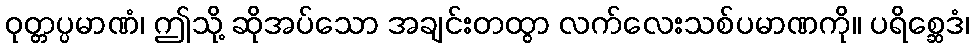
ဝုတ္တပ္ပမာဏံ၊ ဤသို့ ဆိုအပ်သော အချင်းတထွာ လက်လေးသစ်ပမာဏကို။ ပရိစ္ဆေဒံ၊